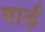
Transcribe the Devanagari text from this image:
वार्ड़